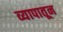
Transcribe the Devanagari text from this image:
व्यापातून